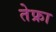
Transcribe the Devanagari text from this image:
तेफ्रा